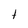
Character: t